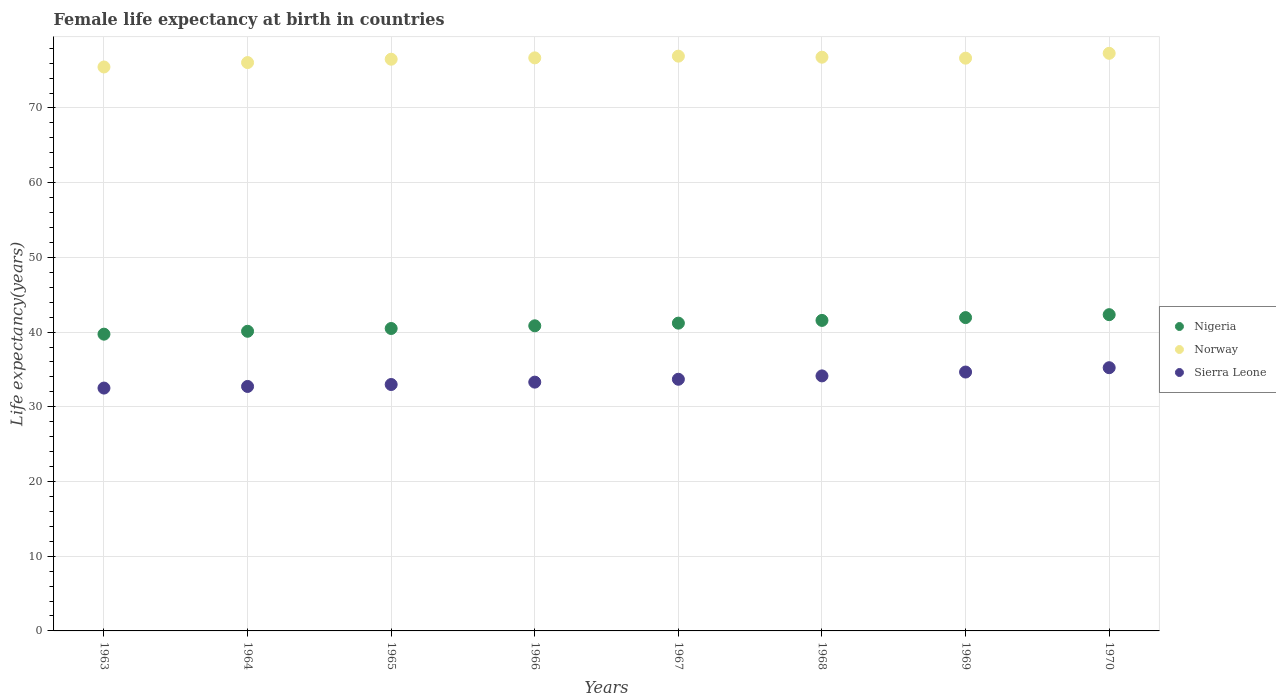
| Years | Nigeria | Norway | Sierra Leone |
 | --- | --- | --- | --- |
 | 1963 | 39.7 | 75.5 | 32.5 |
 | 1964 | 40.1 | 76.1 | 32.7 |
 | 1965 | 40.5 | 76.5 | 33 |
 | 1966 | 40.8 | 76.7 | 33.3 |
 | 1967 | 41.2 | 76.9 | 33.7 |
 | 1968 | 41.6 | 76.8 | 34.1 |
 | 1969 | 41.9 | 76.7 | 34.7 |
 | 1970 | 42.3 | 77.3 | 35.2 |